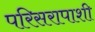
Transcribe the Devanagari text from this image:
परिसरापाशी